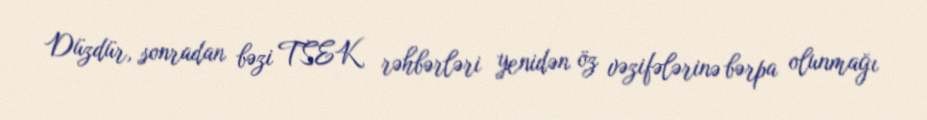
Düzdür, sonradan bəzi TSEK rəhbərləri yenidən öz vəzifələrinə bərpa olunmağı